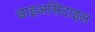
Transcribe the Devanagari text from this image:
डाइअसिटाइल